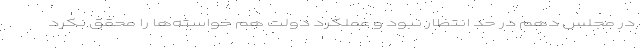
در مجلس دهم در حد انتظار نبود و عملکرد دولت هم خواسته‌ها را محقق نکرد